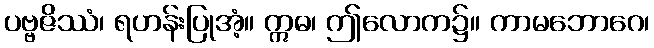
ပဗ္ဗဇိဿံ၊ ရဟန်းပြုအံ့။ ဣဓ၊ ဤလောက၌။ ကာမဘောဂေ၊